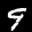
Label: 9